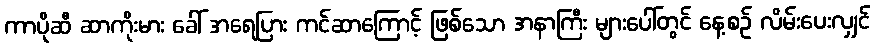
ကာပိုဆီ ဆာကိုးမား ခေါ် အရေပြား ကင်ဆာကြောင့် ဖြစ်သော အနာကြီး များပေါ်တွင် နေ့စဉ် လိမ်းပေးလျှင်